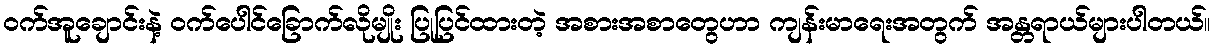
ဝက်အူချောင်းနဲ့ ဝက်ပေါင်ခြောက်လိုမျိုး ပြုပြင်ထားတဲ့ အစားအစာတွေဟာ ကျန်းမာရေးအတွက် အန္တရာယ်များပါတယ်။